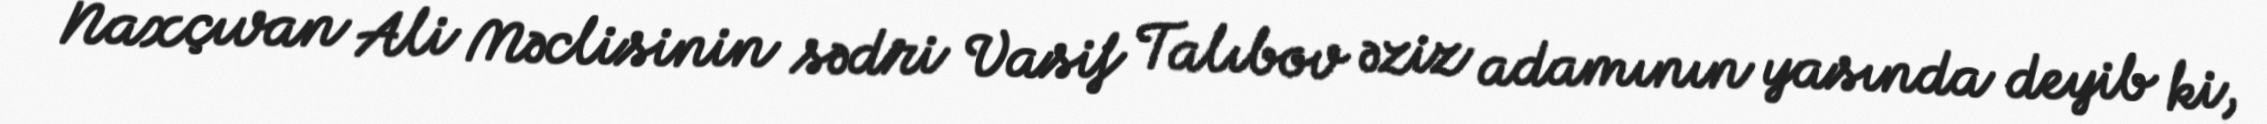
Naxçıvan Ali Məclisinin sədri Vasif Talıbov əziz adamının yasında deyib ki,